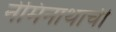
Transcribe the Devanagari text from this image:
नेमिनाथाची